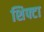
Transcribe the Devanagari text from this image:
शिफ्टा